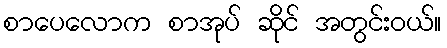
စာပေလောက စာအုပ် ဆိုင် အတွင်းဝယ်။